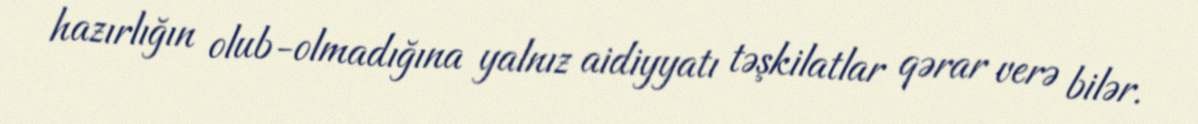
hazırlığın olub-olmadığına yalnız aidiyyatı təşkilatlar qərar verə bilər.